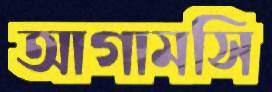
আগামসি